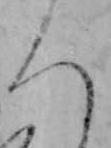
ろ